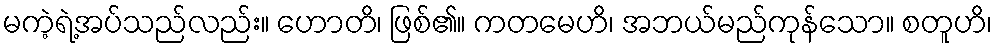
မကဲ့ရဲ့အပ်သည်လည်း။ ဟောတိ၊ ဖြစ်၏။ ကတမေဟိ၊ အဘယ်မည်ကုန်သော။ စတူဟိ၊